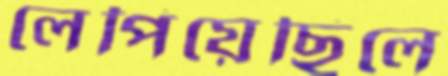
লেপিয়েছিলে